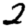
Digit: 2